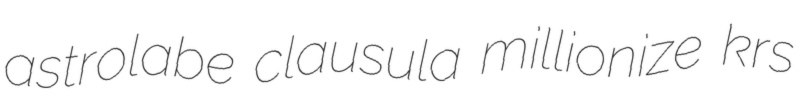
astrolabe clausula millionize krs